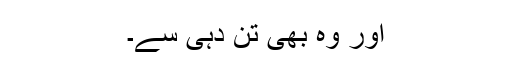
اور وہ بھی تن دہی سے۔